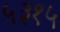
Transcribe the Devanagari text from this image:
५३१५